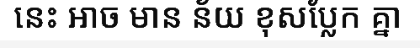
នេះ អាច មាន ន័យ ខុសប្លែក គ្នា